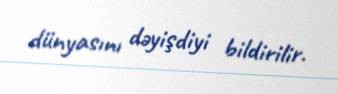
dünyasını dəyişdiyi bildirilir.